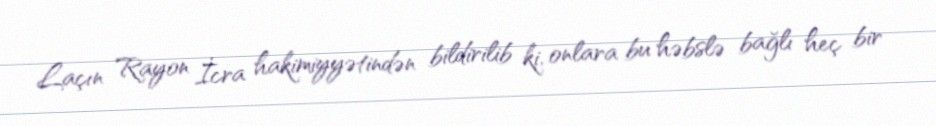
Laçın Rayon İcra hakimiyyətindən bildirilib ki, onlara bu həbslə bağlı heç bir